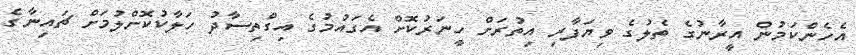
އެހެންކަމުން އީރާނުގެ ތެލުގެ ވިޔަފާރި އިތުރަށް ހީނަރުކޮށް އެގައުމުގެ އިގްތިސާދު ހަލާކުކޮށްލުމަށް ޗައިނާގެ